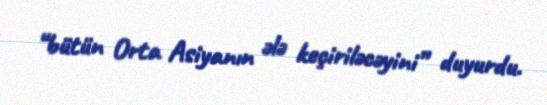
“bütün Orta Asiyanın ələ keçiriləcəyini” duyurdu.